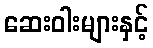
ဆေးဝါးများနှင့်